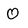
Character: 0